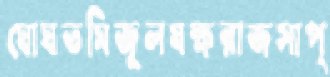
ঘোঘতমিজুলযক্ষরাজসাপ্